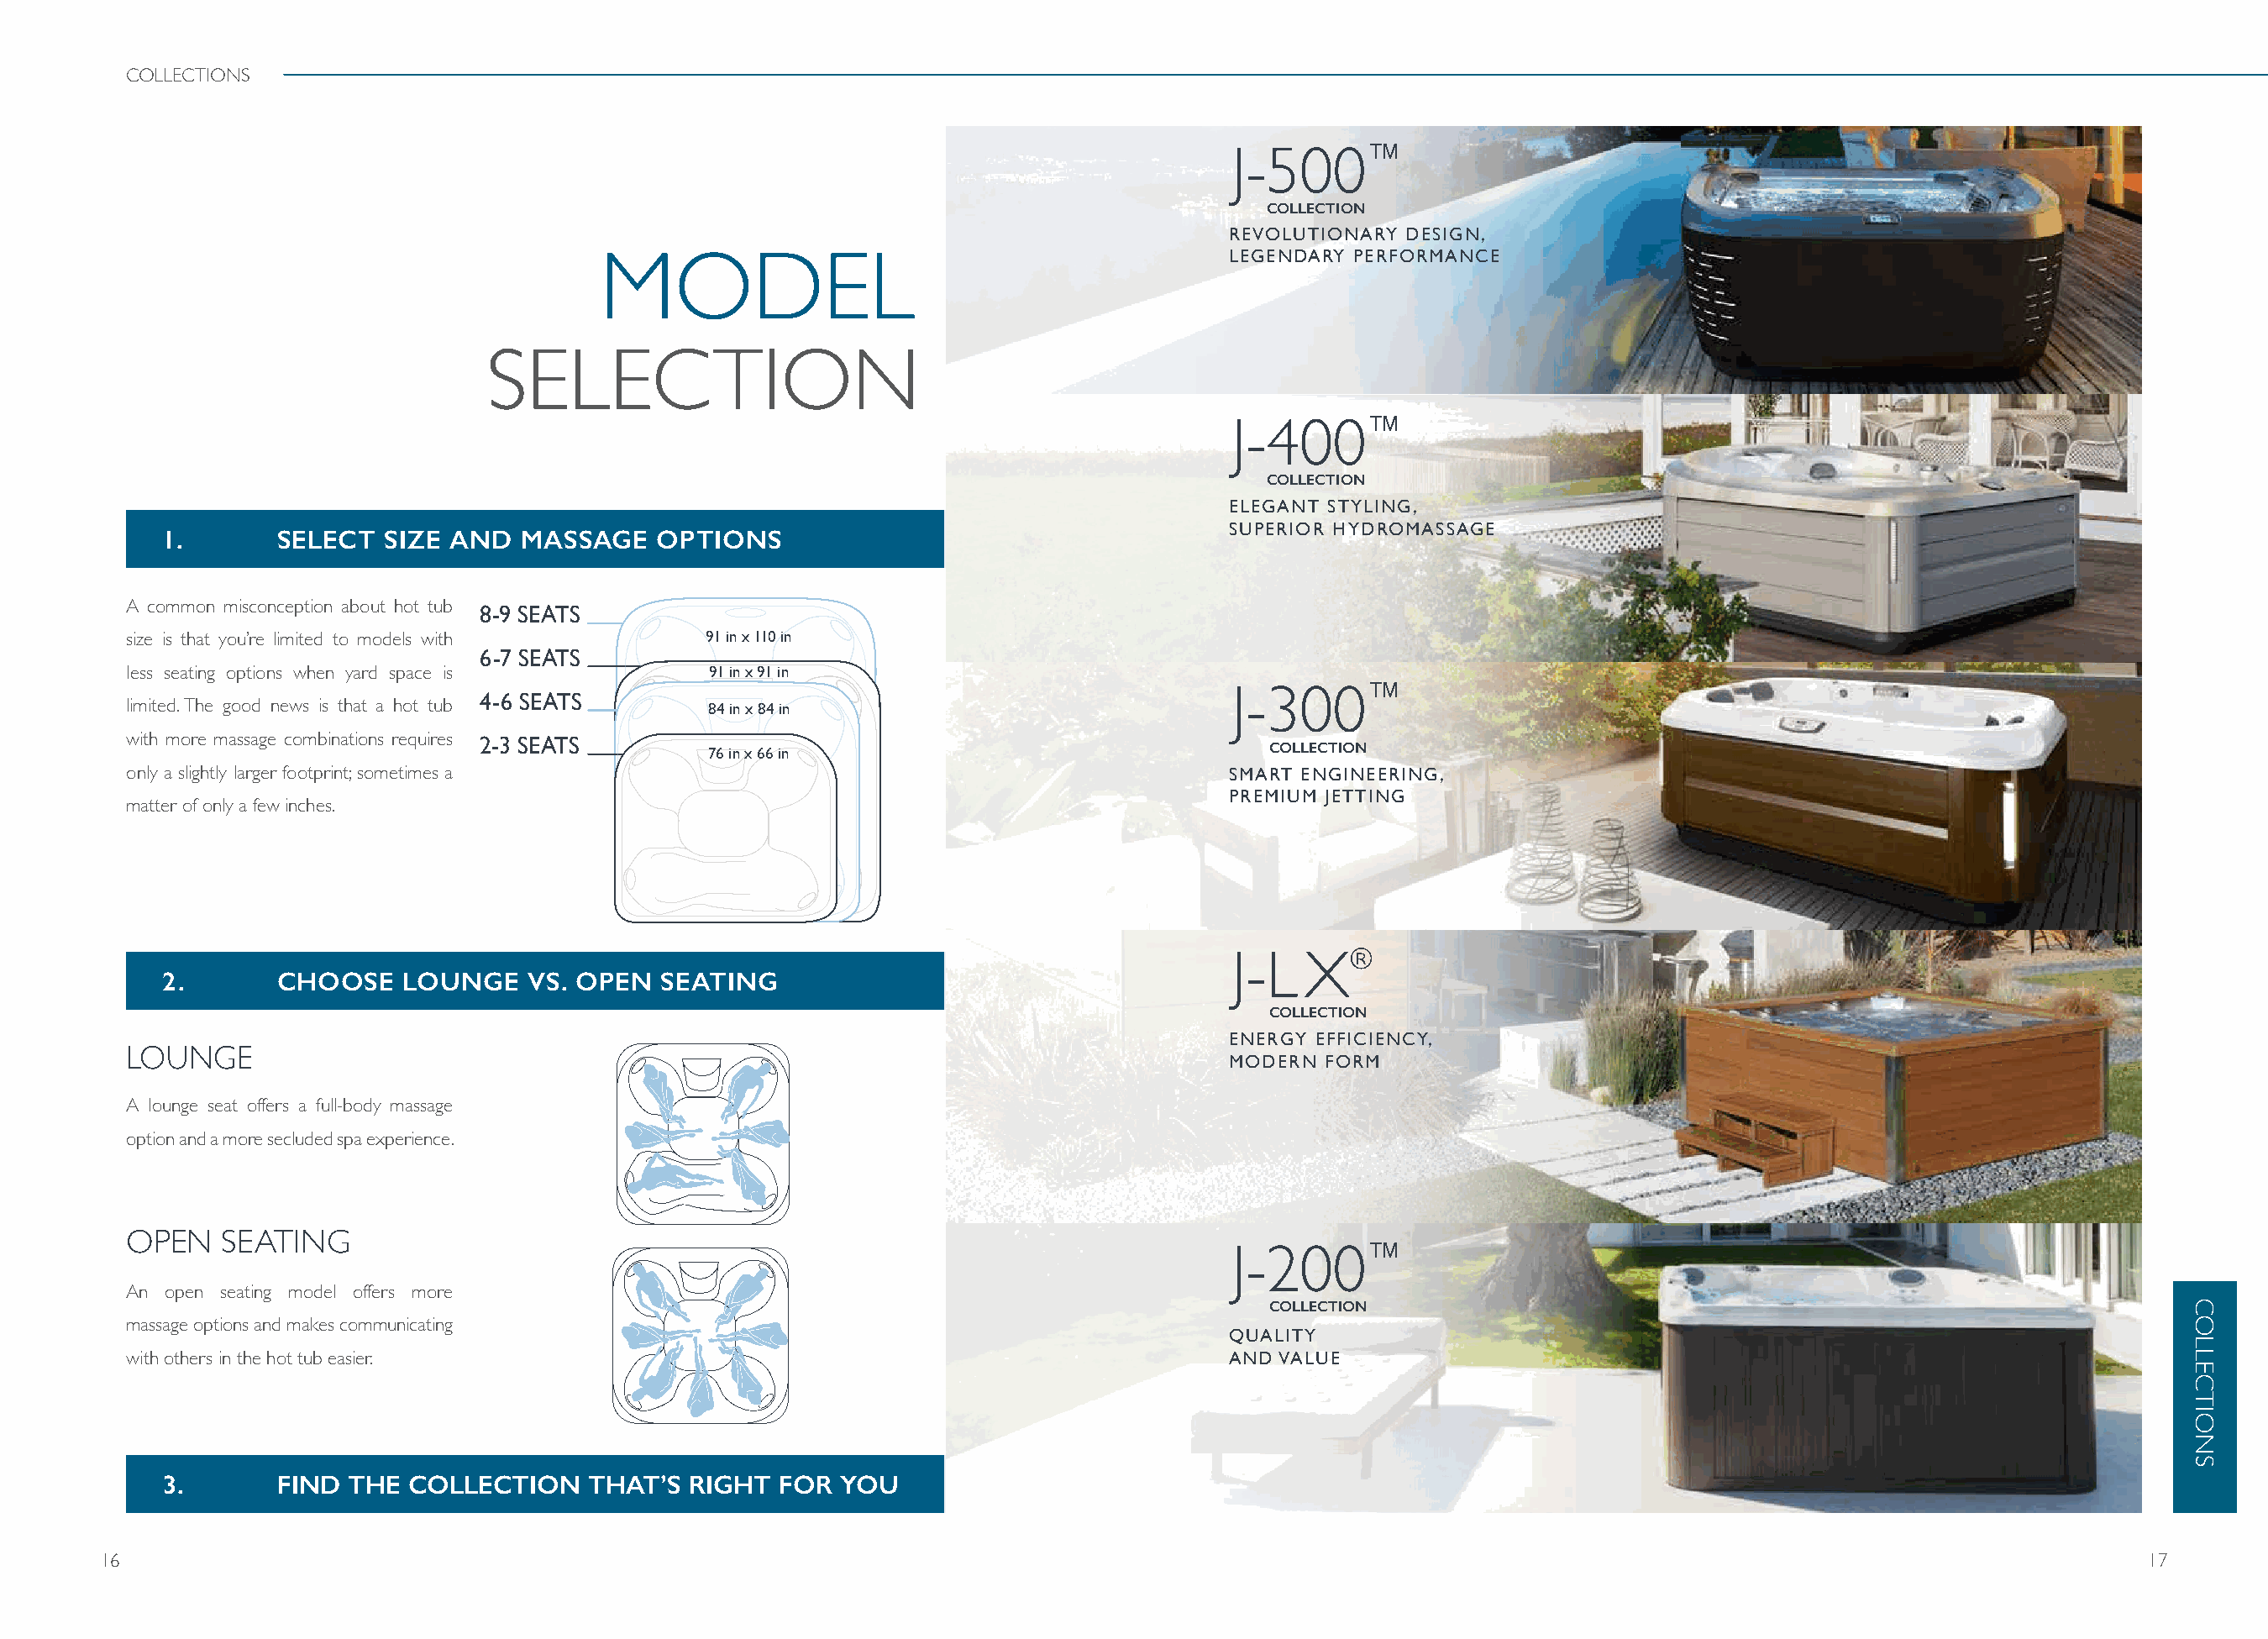
COLLECTIONS
 J-500™
 COLLECTION
 REVOLUTIONARY DESIGN,
 LEGENDARY PERFORMANCE
 MODEL
 SELECTION
 J-400™
 COLLECTION
 ELEGANT STYLING,
 SUPERIOR HYDROMASSAGE
 1.       SELECT  SIZE AND   MASSAGE    OPTIONS
 A common misconception about hot tub 8-9 SEATS
 size is that you’re limited to models with    91 in x 110 in
 6-7 SEATS
 less seating options when yard space is       91 in x 91 in
 4-6 SEATS
 J-300™
 limited. The good news is that a hot tub      84 in x 84 in
 with more massage combinations requires 2-3 SEATS
 76 in x 66 in                               COLLECTION
 only a slightly larger footprint; sometimes a                                          SMART ENGINEERING,
 PREMIUM JETTING
 matter of only a few inches.
 J-L   X®
 2.       CHOOSE    LOUNGE    VS. OPEN  SEATING
 COLLECTION
 ENERGY EFFICIENCY,
 LOUNGE
 MODERN FORM
 A lounge seat offers a full-body massage
 option and a more secluded spa experience.
 OPEN   SEATING
 J-200™
 An open seating model offers more
 COLLECTION
 massage options and makes communicating
 QUALITY
 with others in the hot tub easier.                                                     AND VALUE
 3.       FIND THE  COLLECTION    THAT’S  RIGHT  FOR  YOU
 16                                                                                                                                                               17
 COLLECTIONS